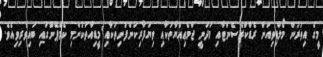
މީގެ އިތުރުން މޯލްޑިވިއަން ރެޑްކްރެސެންޓާއި މަދަނީ ޖަމްޢިއްޔާތަކާއި ވިޔަފާރިކުންފުނިތަކާއި މީޑިއާތަކުންމި ކެމްޕޭންގައި ބައިވެރިވިއެވެ.